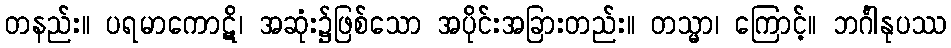
တနည်း။ ပရမာကောဋိ၊ အဆုံး၌ဖြစ်သော အပိုင်းအခြားတည်း။ တသ္မာ၊ ကြောင့်။ ဘင်္ဂါနုပဿ